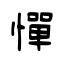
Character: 憚